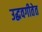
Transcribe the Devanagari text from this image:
उद्धवगीतेत